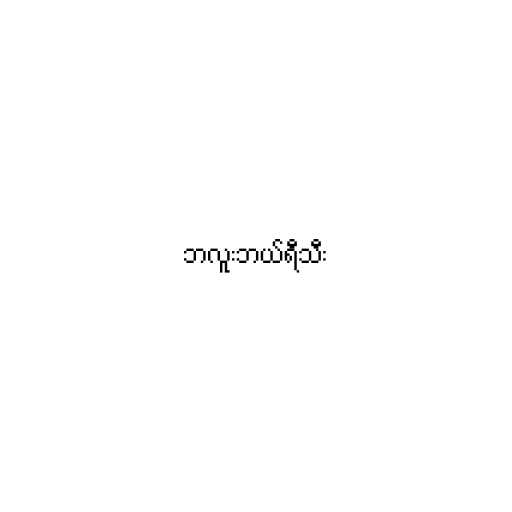
ဘလူးဘယ်ရီသီး